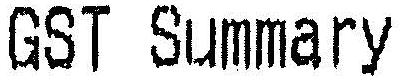
GST SUMMARY